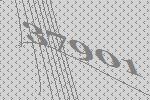
37901